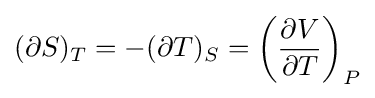
(\partial S)_{T}=-(\partial T)_{S}=\left({\frac {\partial V}{\partial T}}\right)_{P}